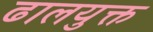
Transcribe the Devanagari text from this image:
ढालयुक्त